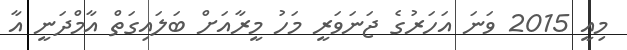
މިއީ 2015 ވަނަ އަހަރުގެ ޖަނަވަރީ މަހު މީރާއަށް ބަލައިގަތް އާމްދަނީ އާ